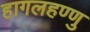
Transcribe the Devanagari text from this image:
हागलहण्णु